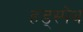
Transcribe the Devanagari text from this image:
हड्स्पेथ